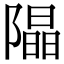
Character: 𨼗